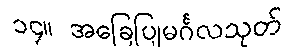
၁၄။ အခြေပြုမင်္ဂလသုတ်